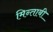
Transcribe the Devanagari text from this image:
मिन्ताबी